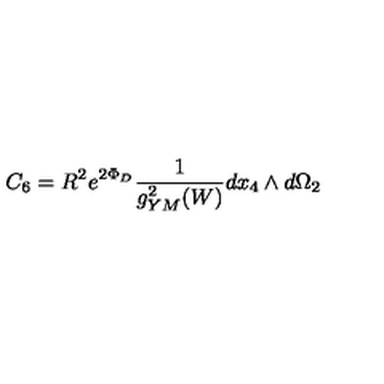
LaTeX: C _ { 6 } = R ^ { 2 } e ^ { 2 \Phi _ { D } } { \frac { 1 } { g _ { Y M } ^ { 2 } ( W ) } } d x _ { 4 } \wedge d \Omega _ { 2 }